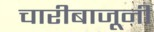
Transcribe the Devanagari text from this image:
चारीबाजूनी